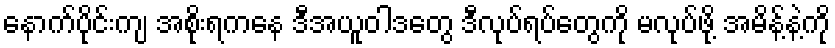
နောက်ပိုင်းကျ အစိုးရကနေ ဒီအယူဝါဒတွေ ဒီလုပ်ရပ်တွေကို မလုပ်ဖို့ အမိန့်နဲ့ကို